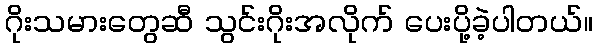
ဂိုးသမားတွေဆီ သွင်းဂိုးအလိုက် ပေးပို့ခဲ့ပါတယ်။